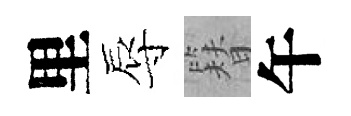
里辱簪午